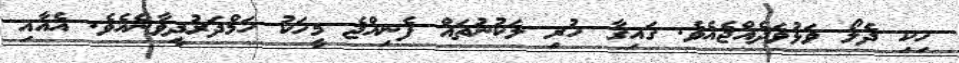
ހިކި ދެލޯ ވަޅުވަދެއްޖެއެވެ. ގައިގާ ހުރި ލަކުނުތައް ފެނިއްޖެ މީހަކު ހަމްދަރުދީވާނެއެވެ. އެއާއި